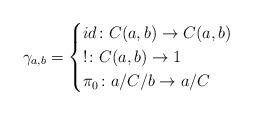
LaTeX: \begin{align*}\gamma_{a,b} = \begin{cases} id \colon C(a,b) \to C(a,b) & \\ ! \colon C(a,b) \to 1 & \\ \pi_0 \colon a/C/b \to a/C & \\\end{cases}\end{align*}